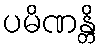
ပမိဏန္တိ